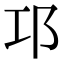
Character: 邛